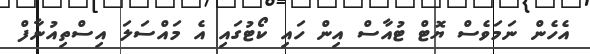
އެހެން ނަމަވެސް ޔޮޓް ޓުއާސް އިން ހައި ކޯޓުގައި އެ މައްސަލަ އިސްތިއުނާފް